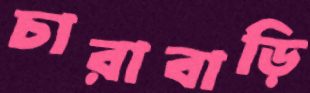
চারাবাড়ি